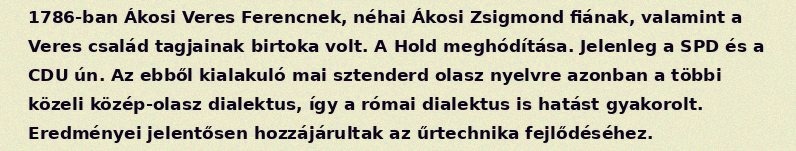
1786-ban Ákosi Veres Ferencnek, néhai Ákosi Zsigmond fiának, valamint a Veres család tagjainak birtoka volt. A Hold meghódítása. Jelenleg a SPD és a CDU ún. Az ebből kialakuló mai sztenderd olasz nyelvre azonban a többi közeli közép-olasz dialektus, így a római dialektus is hatást gyakorolt. Eredményei jelentősen hozzájárultak az űrtechnika fejlődéséhez.